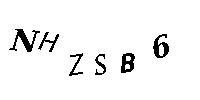
NHZSB6